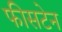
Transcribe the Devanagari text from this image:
फीसटेन